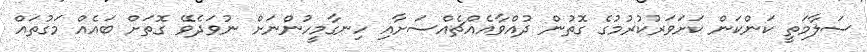
ސަލާމަތީ ކަންކަން ކަށަވަރުކުރުމުގެ ގޮތުން ދުއްވާއެއްޗެއްސަށާއި ހިނގާމީހުންނަށް ނުވަދެވޭ ގޮތަށް ބައެއް މަގުތައް